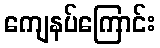
ကျေနပ်ကြောင်း